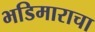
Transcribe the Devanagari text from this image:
भडिमाराचा